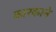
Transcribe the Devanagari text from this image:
कारकाने